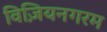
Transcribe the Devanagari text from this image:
विज़ियनगरम